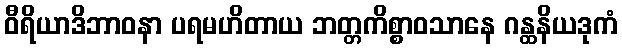
ဝီရိယာဒိဘာဝနာ ပရမဟိတာယ ဘတ္တကိစ္စာဝသာနေ ဂန္ထနိယဒုကံ